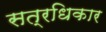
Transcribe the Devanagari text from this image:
सत्रधिकार